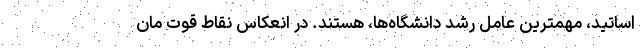
اساتید، مهمترین عامل رشد دانشگاه‌ها، هستند. در انعکاس نقاط قوت مان